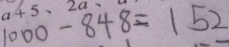
1 0 0 0 - 8 4 8 = 1 5 2